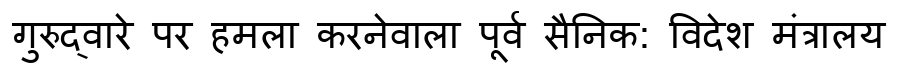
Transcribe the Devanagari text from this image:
गुरुद्वारे पर हमला करनेवाला पूर्व सैनिक: विदेश मंत्रालय